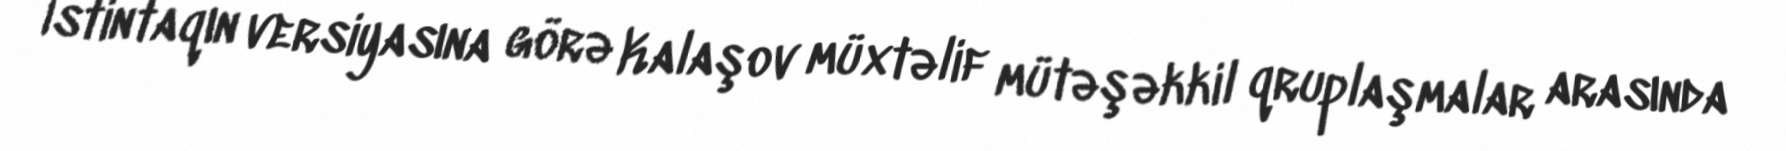
İstintaqın versiyasına görə Kalaşov müxtəlif mütəşəkkil qruplaşmalar arasında